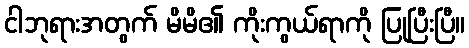
ငါဘုရားအတွက် မိမိ၏ ကိုးကွယ်ရာကို ပြုပြီးပြီ။